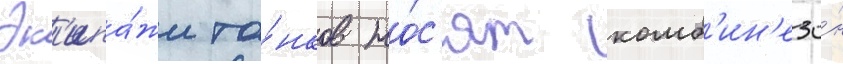
Эк'ипа́жи та́нков но́с'ят комб'ин'езо́н